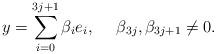
LaTeX: \begin{align*} y= \sum_{i=0}^{3j+1}\beta_{i}e_{i},\quad~\beta_{3j}, \beta_{3j+1}\neq 0.\end{align*}